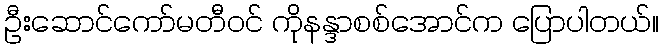
ဦးဆောင်ကော်မတီဝင် ကိုနန္ဒာစစ်အောင်က ပြောပါတယ်။